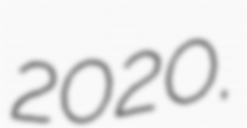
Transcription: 2020.